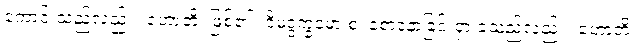
ကောင်းသည်လည်း။ ဟောတိ၊ ဖြစ်၏။ ဝိမဒ္ဒက္ခမော စ၊ စောဒနာခြင်းငှာ ခံ့သည်လည်း။ ဟောတိ၊